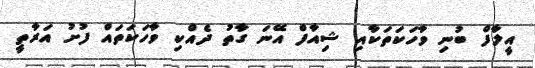
އީލާފް ބުނި ވާހަކަތަަކާއި ޝިއާފް އޭނަ ގާތު ދެއްކި ވާހަކަތައް ފުށު އަރާތީ